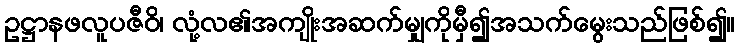
ဥဋ္ဌာနဖလူပဇီဝိ၊ လုံ့လ၏အကျိုးအဆက်မျှကိုမှီ၍အသက်မွေးသည်ဖြစ်၍။